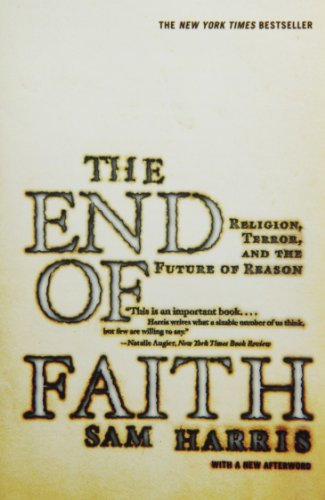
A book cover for The End of Faith: Religion, Terror, and the Future of Reason; Sam Harris; History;